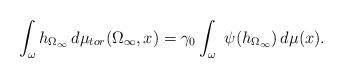
LaTeX: \begin{align*} \int_{\omega}h_{\Omega_{\infty}} \,d\mu_{tor}(\Omega_{\infty},x)=\gamma_0\int_{\omega}\ \psi(h_{\Omega_{\infty}})\,d\mu(x). \end{align*}